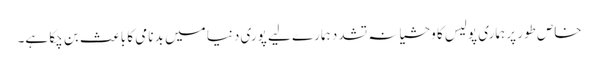
خاص طور پر ہماری پولیس کا وحشیانہ تشدد ہمارے لیے پوری دنیا میں بد نامی کا باعث بن چکا ہے۔